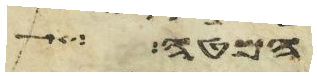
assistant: המטה